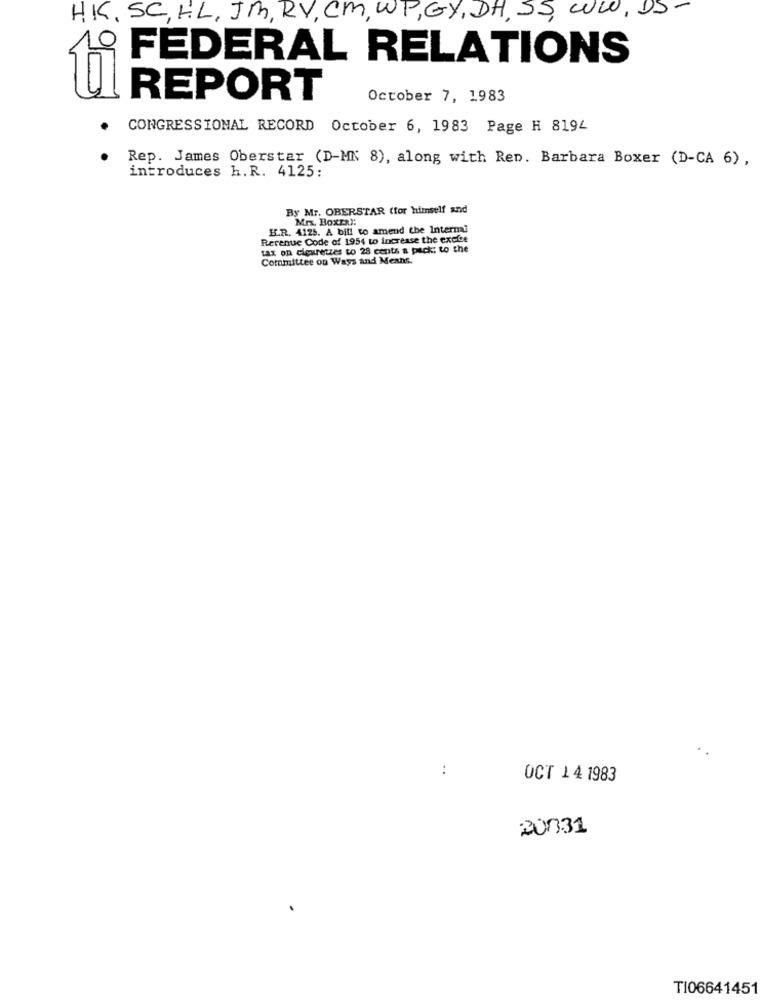
HK, SC, HL, JM , RY , CM, WP , GY , DA, SS, WW , DS-
1
FEDERAL RELATIONS
REPORT
October 7, 1983
CONGRESSIONAL RECORD October 6, 1983 Page H 8194
Rep. James Oberstar (D-MN 8), along with Ren. Barbara Boxer (D-CA 6),
introduces h. R. 4125:
By Mr. OBERSTAR (for himself and
Mrx. BoxERI:
H.R. 4125. A bill to amend the Intermi
Revenue Code of 1954 to increase the excise
tax on cigaretzes to 28 cents a pack: to the
Committee on Ways and Mexhs.
:
OCT 14 1983
20331
TI06641451